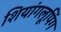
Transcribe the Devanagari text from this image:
शियांगलूपिंग